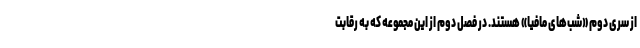
از سری دوم «شب‌های مافیا» هستند. در فصل دوم از این مجموعه که به رقابت